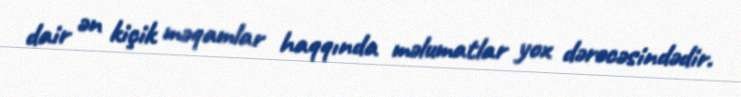
dair ən kiçik məqamlar haqqında məlumatlar yox dərəcəsindədir.